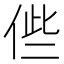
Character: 𠉃